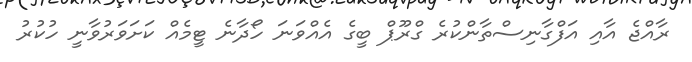
ރާއްޖެ އާއި އަފްގާނިސްތާންކުރެ ގްރޫޕް ބީގެ އެއްވަނަ ހޯދާނެ ޓީމެއް ކަށަވަރުވާނީ ހުކުރު